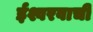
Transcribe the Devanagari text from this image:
ईश्वरवाची